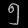
Digit: ၅